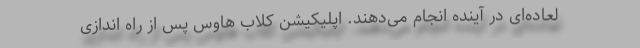
لعاده‌ای در آینده انجام می‌دهند. اپلیکیشن کلاب هاوس پس از راه اندازی